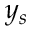
y _ { s }